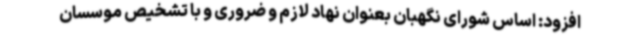
افزود: اساس شورای نگهبان بعنوان نهاد لازم و ضروری و با تشخیص موسسان